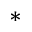
^ \ast